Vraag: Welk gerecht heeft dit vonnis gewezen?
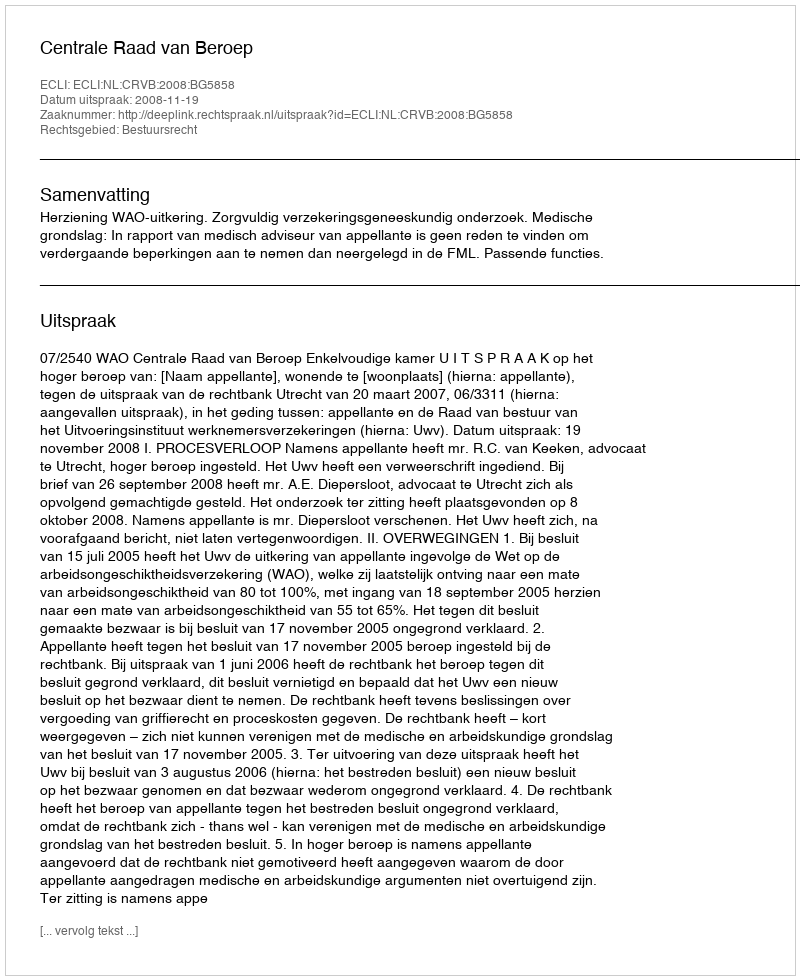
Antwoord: Centrale Raad van Beroep